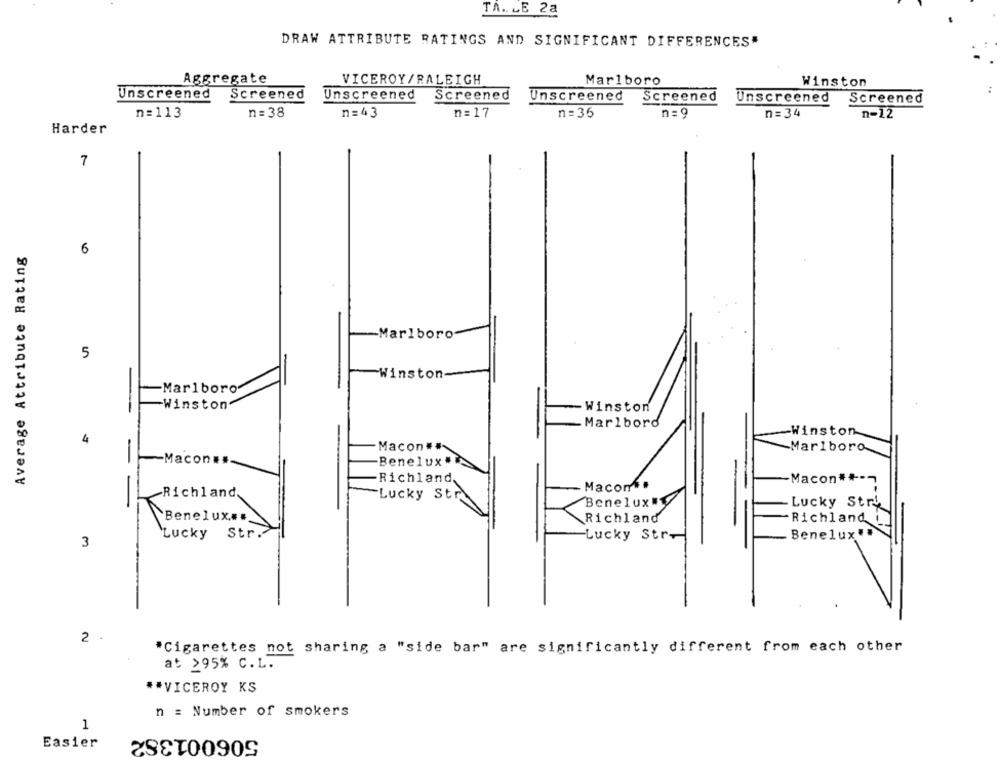
TA. LE 2a
DRAW ATTRIBUTE RATINGS AND SIGNIFICANT DIFFERENCES"
Aggregate
VICEROY/RALEIGH
Marlboro
Winston
Unscreened
Screened
Unscreened
Screened
Unscreened
Screened
Unscreened
Screened
n=113
n = 38
n=43
n= 17
n = 36
n= 34
n-12
Harder
7
Average Attribute Rating
6
Marlboro
5
Winston-
-Marlboro
Winston
-Winston
Marlboro
-Winston
4
Macon##
Marlboro
-Macon ..
Benelux#
Richland,
Macon **-
Macon .
Richland,
Lucky Str
Benelux"
Lucky Stry
Benelux.##
Richland
Richland __
Lucky Str.
Lucky Str-
Benelux"
3
2 .
"Cigarettes not sharing a "side bar" are significantly different from each other
at >95% C.L.
** VICEROY KS
n = Number of smokers
1
506001382
Easier